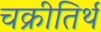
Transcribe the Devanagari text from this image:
चक्रीतिर्थ